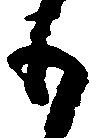
も